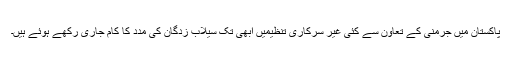
پاکستان میں جرمنی کے تعاون سے کئی غیر سرکاری تنظیمیں ابھی تک سیلاب زدگان کی مدد کا کام جاری رکھے ہوئے ہیں۔